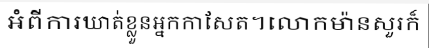
អំពីការឃាត់ខ្លួនអ្នកកាសែត។លោកម៉ានសួរក៏